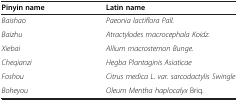
| Pinyin name | Latin name |
 | --- | --- |
 | Baishao | Paeonia lactiflora Pall. |
 | Baizhu | Atractylodes macrocephala Koidz. |
 | Xiebai | Allium macrostemon Bunge. |
 | Cheqianzi | Hegba Plantaginis Asiaticae |
 | Foshou | Citrus medica L. var. sarcodactylis Swingle |
 | Boheyou | Oleum Mentha haplocalyx Briq. |